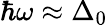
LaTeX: \hbar\omega\approx\Delta_{0}